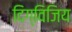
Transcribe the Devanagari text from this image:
दिग्विजिय